画像に写った文字を読んでください
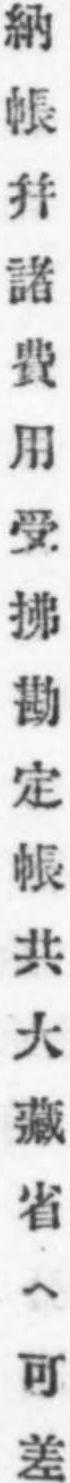
「納帳幷諸費用受拂勘定帳共大藏省ヘ可差」と書いてあります